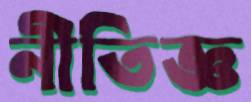
নীতিজ্ঞ